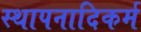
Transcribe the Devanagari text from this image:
स्थापनादिकर्म